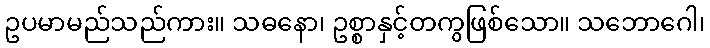
ဥပမာမည်သည်ကား။ သဓနော၊ ဥစ္စာနှင့်တကွဖြစ်သော။ သဘောဂေါ၊